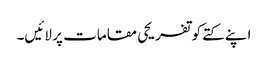
اپنے کتے کو تفریحی مقامات پر لائیں۔